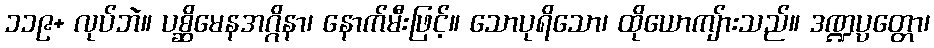
၁၁၉+ လုပ်ဘဲ။ ပစ္ဆိမေနအဂ္ဂိနာ၊ နောက်မီးဖြင့်။ သောပုရိသော၊ ထိုယောကျ်ားသည်။ ဒဏ္ဍပ္ပတ္တော၊